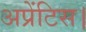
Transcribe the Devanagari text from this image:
अप्रेंटिस।